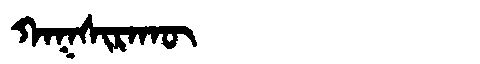
Manchu: ᡴᠠᡴᠰᡳᡵᠠᡴᡡ
Romanization: KAKSIRAKŪ